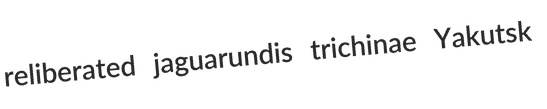
reliberated jaguarundis trichinae Yakutsk